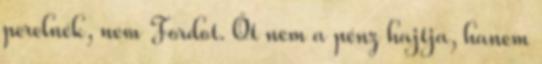
perelnék, nem Fordot. Őt nem a pénz hajtja, hanem